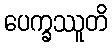
ပေက္ခဿူတိ